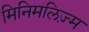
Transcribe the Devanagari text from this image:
मिनिमलिज़्म